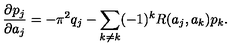
{ \frac { \partial p _ { j } } { \partial a _ { j } } } = - \pi ^ { 2 } q _ { j } - \sum _ { k \neq k } ( - 1 ) ^ { k } R ( a _ { j } , a _ { k } ) p _ { k } .